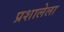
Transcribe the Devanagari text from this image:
प्रशालेला